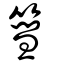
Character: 篲